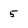
Character: 5